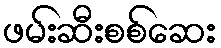
ဖမ်းဆီးစစ်ဆေး